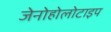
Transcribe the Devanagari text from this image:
जेनोहोलोटाइप